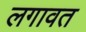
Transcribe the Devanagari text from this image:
लगावत